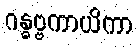
ဂန္ဓဗ္ဗကာယိကာ